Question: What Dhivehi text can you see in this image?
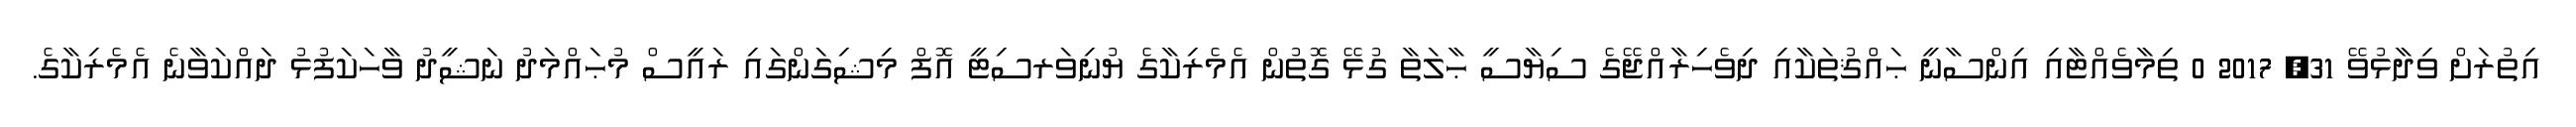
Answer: އިތުރަށް ވިދާޅުވޭ 31, 2017 0 ތިމާވެއްޓާއި އިންސާނީ ޙައްޤުތަކާއި ދިވެހިރާއްޖޭގެ ސިޔާސީ ޙާލަތާ ގުޅޭ ގޮތުން އެމެރިކާގެ ޔުނިވަރސިޓީ އޮފް މިޝިގަންގައި ރައީސް މުޙައްމަދު ނަޝީދު ވާހަކަފުޅު ދައްކަވާނެ އެމެރިކާގެ.